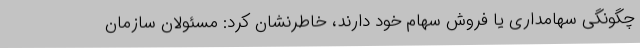
چگونگی سهامداری یا فروش سهام خود دارند، خاطرنشان کرد: مسئولان سازمان